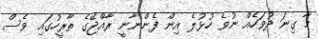
މާ ގިނަ ދުވަހެއް ނުވެ ހުޅުލެ އިން ފެންނާނީ ރާއްޖޭގެ ތާރީހުގައި ވެސް